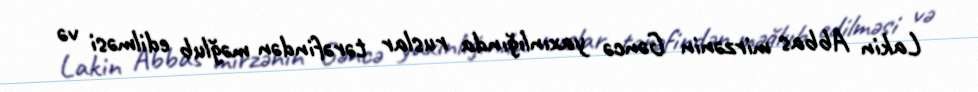
Lakin Abbas mirzənin Gəncə yaxınlığında ruslar tərəfindən məğlub edilməsi və